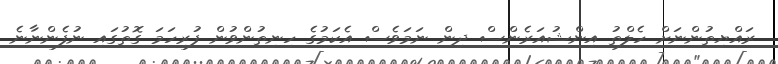
ރައްޔިތުންނަށް ހެލްތު އިންޝުއަރެންސް ދިން ނަމަވެސް އެކަމުގެ ހިނިތުންވުން ފުރިހަމަ ގޮތުގައި ނުފެންނާނެ